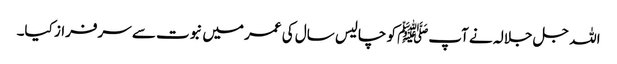
اللہ جل جلالہ نے آپﷺ کو چالیس سال کی عمر میں نبوت سے سرفراز کیا۔